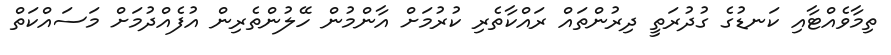
ތިމާވެއްޓާއި ކަނޑުގެ ގުދުރަތީ ދިރުންތައް ރައްކާތެރި ކުރުމަށް އާންމުން ހޭލުންތެރިން އުފެއްދުމަށް މަސައްކަތް